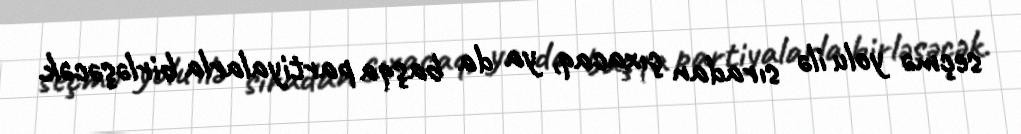
seçmə yolu ilə sıradan çıxacaq, ya da başqa partiyalarla birləşəcək.